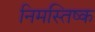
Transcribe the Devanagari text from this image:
निमस्तिष्क